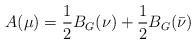
LaTeX: \begin{align*}A(\mu)=\frac{1}{2} B_{G}(\nu)+\frac{1}{2}B_G(\bar \nu)\end{align*}